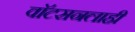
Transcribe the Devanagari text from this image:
वाॅटसनलाही